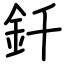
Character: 釺